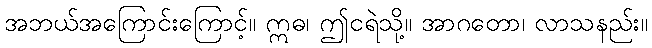
အဘယ်အကြောင်းကြောင့်။ ဣဓ၊ ဤငရဲသို့။ အာဂတော၊ လာသနည်း။